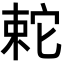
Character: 𡩆